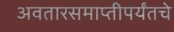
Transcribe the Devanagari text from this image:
अवतारसमाप्तीपर्यंतचे